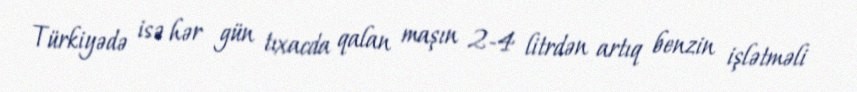
Türkiyədə isə hər gün tıxacda qalan maşın 2-4 litrdən artıq benzin işlətməli